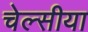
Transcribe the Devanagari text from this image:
चेल्सीया